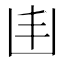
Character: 𠙾